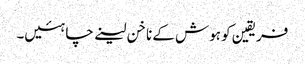
فریقین کو ہوش کے ناخن لینے چاہئیں۔